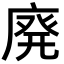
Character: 廃